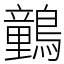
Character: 䴀